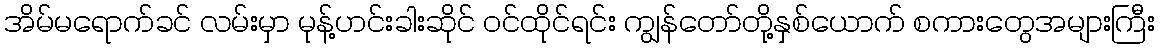
အိမ်မရောက်ခင် လမ်းမှာ မုန့်ဟင်းခါးဆိုင် ဝင်ထိုင်ရင်း ကျွန်တော်တို့နှစ်ယောက် စကားတွေအများကြီး